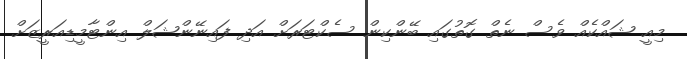
މިއީ ޝައްކެއް ވެސް ނެތް ގޮތުގައި ބޭންކިން ސެކްޓަރަށް އަދި ފައިނޭންޝަލް އިންޓާމީޑިއަރީޒަށް